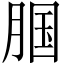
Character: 腘